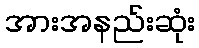
အားအနည်းဆုံး